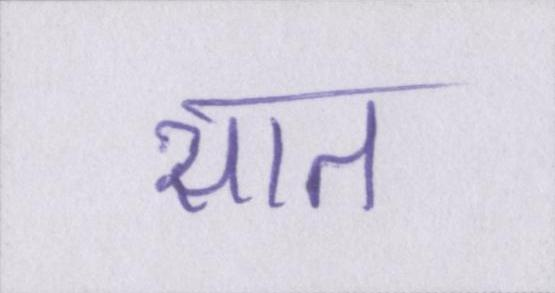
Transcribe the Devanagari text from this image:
सात